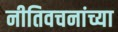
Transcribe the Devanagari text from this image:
नीतिवचनांच्या